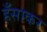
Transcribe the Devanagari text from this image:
हँसाकर